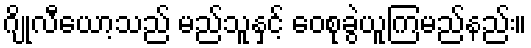
ဂျိုလီယော့သည် မည်သူနှင့် ဝေစုခွဲယူကြမည်နည်း။